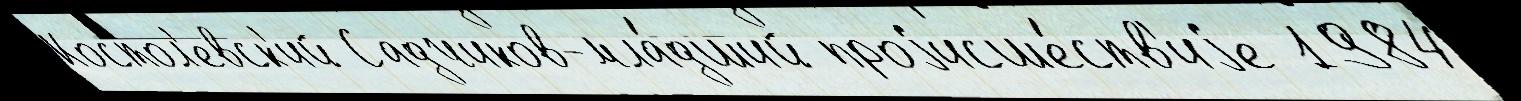
Костол'евск'ий Садчиков-мла́дший проjисше́ств'иjе 1984